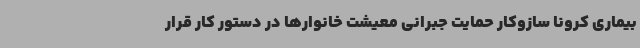
بیماری کرونا سازوکار حمایت جبرانی معیشت خانوارها در دستور کار قرار